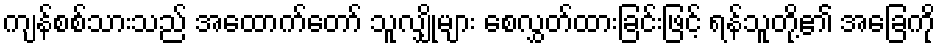
ကျန်စစ်သားသည် အထောက်တော် သူလျှိုများ စေလွှတ်ထားခြင်းဖြင့် ရန်သူတို့၏ အခြေကို